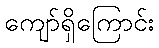
ကျော်ရှိကြောင်း